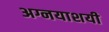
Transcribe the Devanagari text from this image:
अग्नयाशयी